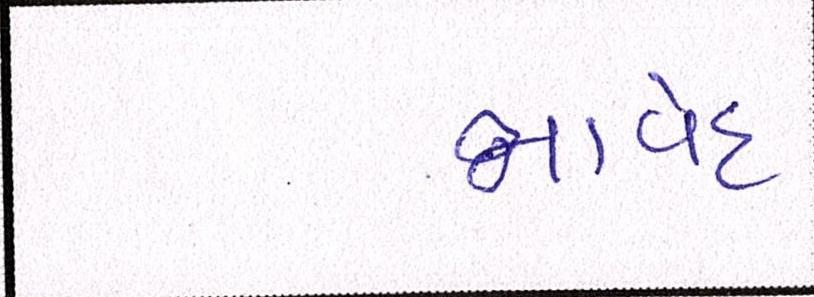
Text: જાવેદ